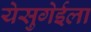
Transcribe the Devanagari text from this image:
येसुगेईला